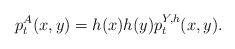
LaTeX: \begin{align*}p_t^A(x,y) =h(x)h(y)p_t^{Y,h}(x,y).\end{align*}